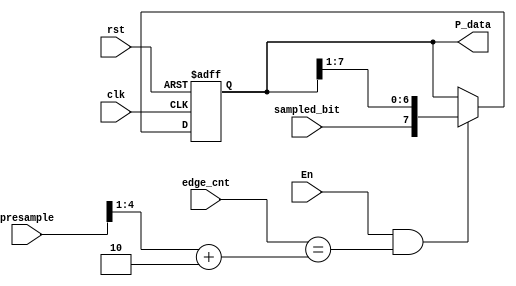
module deserializer (

    input wire clk,

    input wire rst,

    input wire En,

    input wire sampled_bit,

    input wire [4:0] edge_cnt,

    input wire [4:0] presample,

    output reg [7:0] P_data



);

//reg [7:0] comp_out;





always @(posedge clk or negedge rst)

    begin



        if (!rst) 

            begin

               P_data<=0;

              // comp_out<=0; 

            end

        else

		begin

		    if (En && (edge_cnt==((presample>>1)+2))) 

		        P_data<={sampled_bit,P_data[7:1]};  

		    else    

		        P_data<=P_data; 
		end     

    end





/*always @(*) 

    begin

        

        if (edge_cnt==((presample>>1)+2)) 

        begin

            comp_out={sampled_bit,comp_out[7:1]}; 

        end
	else
	//comp_out=comp_out;

  */      

    //end





endmodule